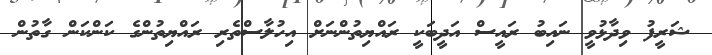
ޝަރީފު ވިދާޅުވީ ނައިބު ރައީސް އަދީބަކީ ރައްޔިތުންނަށް އިހުލާސްތެރި ރައްޔިތުންގެ ކަންކަން ގާތުން